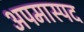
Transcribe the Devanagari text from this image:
अपमास्पद